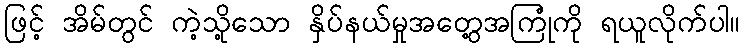
ဖြင့် အိမ်တွင် ကဲ့သို့သော နှိပ်နယ်မှုအတွေ့အကြုံကို ရယူလိုက်ပါ။